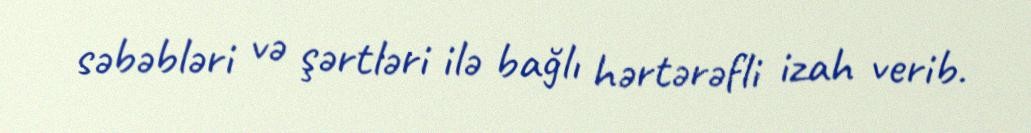
səbəbləri və şərtləri ilə bağlı hərtərəfli izah verib.